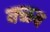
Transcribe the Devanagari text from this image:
क्ळब